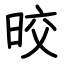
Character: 晈